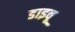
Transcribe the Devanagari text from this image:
डाइवू